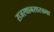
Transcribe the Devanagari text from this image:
राजस्थानसारख्या